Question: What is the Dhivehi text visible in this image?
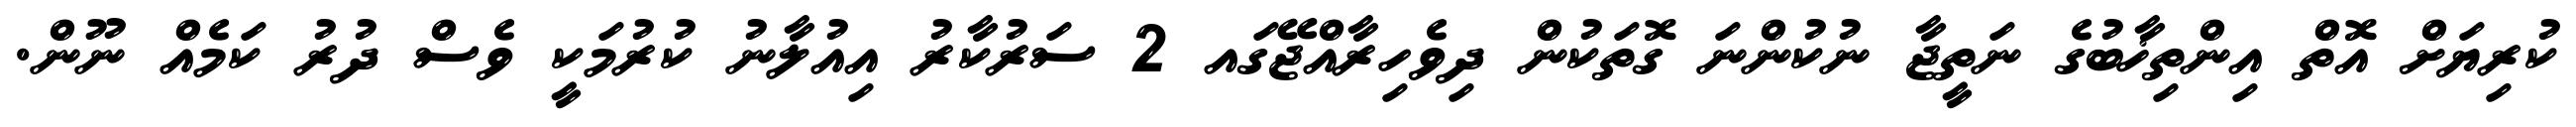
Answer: ކުރިޔަށް އޮތް އިންތިޚާބުގެ ނަތީޖާ ނުކުންނަ ގޮތަކުން ދިވެހިރާއްޖޭގައ 2 ސަރުކާރު އިއުލާނު ކުރުމަކީ ވެސް ދުރު ކަމެއް ނޫން.